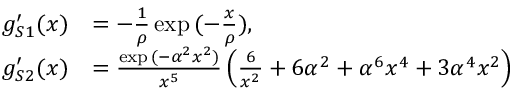
\begin{array} { r l } { g _ { S 1 } ^ { \prime } ( x ) } & { = - \frac { 1 } { \rho } \exp { ( - \frac { x } { \rho } ) } , } \\ { g _ { S 2 } ^ { \prime } ( x ) } & { = \frac { \exp { ( - \alpha ^ { 2 } x ^ { 2 } ) } } { x ^ { 5 } } \left( \frac { 6 } { x ^ { 2 } } + 6 \alpha ^ { 2 } + \alpha ^ { 6 } x ^ { 4 } + 3 \alpha ^ { 4 } x ^ { 2 } \right) } \end{array}